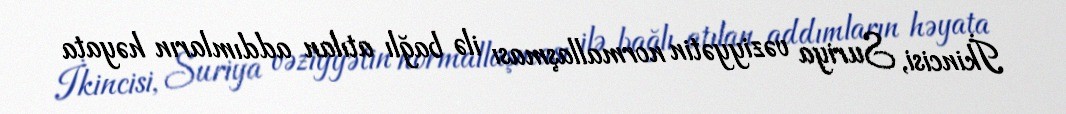
İkincisi, Suriya vəziyyətin normallaşması ilə bağlı atılan addımların həyata